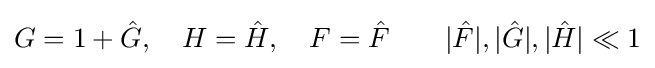
G=1+{\hat {G}},\quad H={\hat {H}},\quad F={\hat {F}}\qquad |{\hat {F}}|,|{\hat {G}}|,|{\hat {H}}|\ll 1